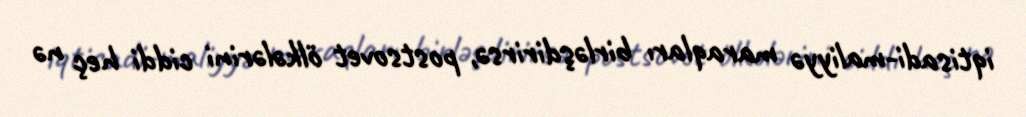
iqtisadi-maliyyə maraqları birləşdirirsə, postsovet ölkələrini ciddi heç nə